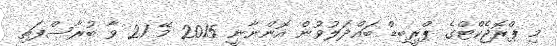
މި ޕްރޮޖެކްޓްގެ ޕްރީބިޑް ބައްދަލުވުން އޮންނާނީ 2015 މޭ 21 ވާ ބުރާސްފަތި